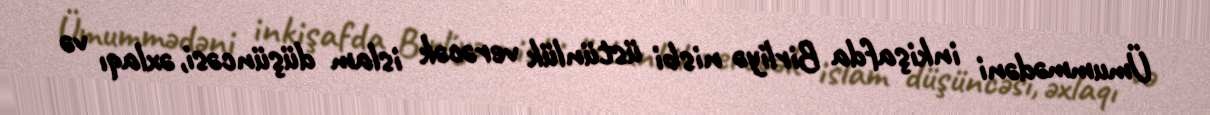
Ümummədəni inkişafda Birliyə nisbi üstünlük verəcək islam düşüncəsi, əxlaqı və